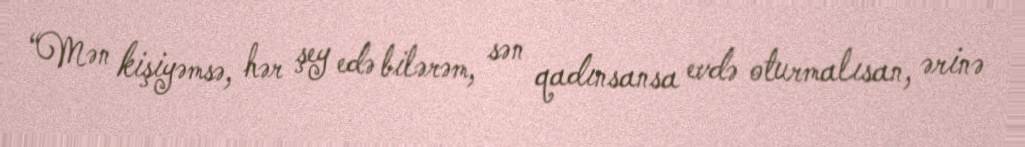
“Mən kişiyəmsə, hər şey edə bilərəm, sən qadınsansa evdə oturmalısan, ərinə